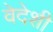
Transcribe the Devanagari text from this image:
वेदेशी